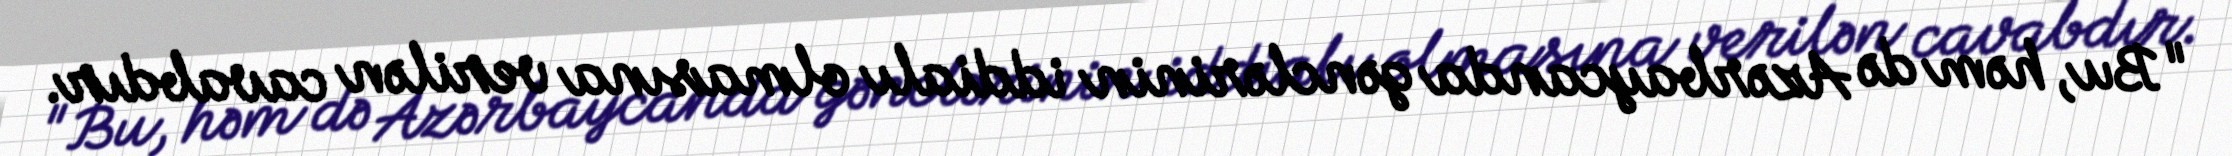
"Bu, həm də Azərbaycanda gənclərinin iddialı olmasına verilən cavabdır.